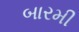
બારમી